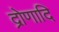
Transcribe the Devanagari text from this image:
द्रोणादि